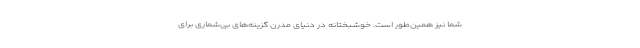
شما نیز همین‌طور است. خوشبختانه در دنیای مدرن گزینه‌های بی‌شماری برای